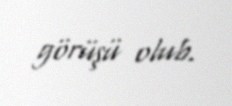
görüşü olub.